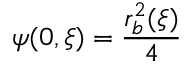
\psi ( 0 , \xi ) = \frac { r _ { b } ^ { 2 } ( \xi ) } { 4 }